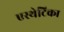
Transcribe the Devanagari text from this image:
एस्थेटिका